Vaccination in Bombay 1863-1868 - 1863-1868
Year: 1863
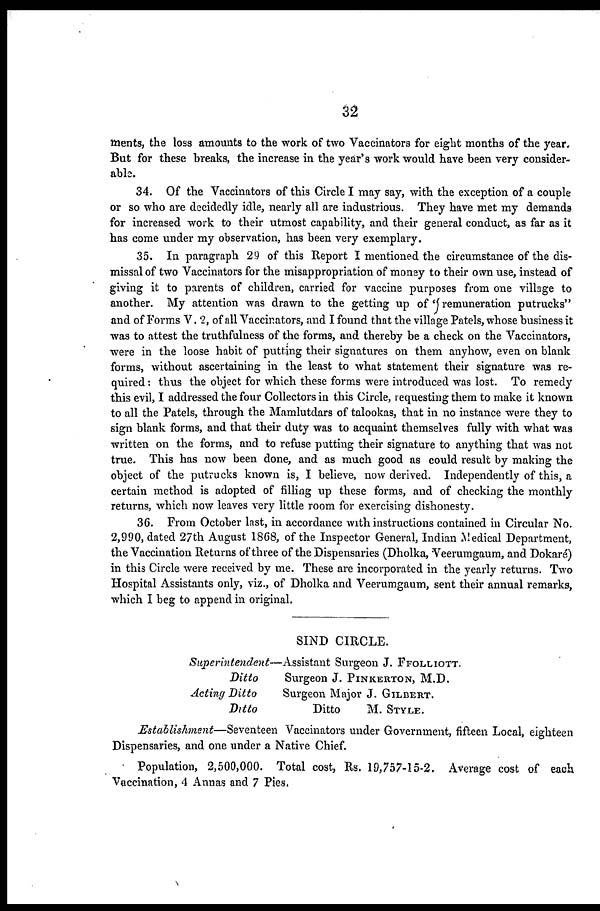
32
ments, the loss amounts to the work of two Vaccinators for eight months of the year.
But for these breaks, the increase in the year's work would have been very consider-
able.
34. Of the Vaccinators of this Circle I may say, with the exception of a couple
or so who are decidedly idle, nearly all are industrious. They have met my demands
for increased work to their utmost capability, and their general conduct, as far as it
has come under my observation, has been very exemplary.
35. In paragraph 29 of this Report I mentioned the circumstance of the dis-
missal of two Vaccinators for the misappropriation of money to their own use, instead of
giving it to parents of children, carried for vaccine purposes from one village to
another. My attention was drawn to the getting up of "remuneration putrucks"
and of Forms V. 2, of all Vaccinators, and I found that the village Patels, whose business it
was to attest the truthfulness of the forms, and thereby be a check on the Vaccinators,
were in the loose habit of putting their signatures on them anyhow, even on blank
forms, without ascertaining in the least to what statement their signature was re-
quired : thus the object for which these forms were introduced was lost. To remedy
this evil, I addressed the four Collectors in this Circle, requesting them to make it known
to all the Patels, through the Mamlutdars of talookas, that in no instance were they to
sign blank forms, and that their duty was to acquaint themselves fully with what was
written on the forms, and to refuse putting their signature to anything that was not
true. This has now been done, and as much good as could result by making the
object of the putrucks known is, I believe, now derived. Independently of this, a
certain method is adopted of filling up these forms, and of checking the monthly
returns, which now leaves very little room for exercising dishonesty.
36. From October last, in accordance with instructions contained in Circular No.
2,990, dated 27th August 1868, of the Inspector General, Indian Medical Department,
the Vaccination Returns of three of the Dispensaries (Dholka, Veerumgaum, and Dokaré)
in this Circle were received by me. These are incorporated in the yearly returns. Two
Hospital Assistants only, viz., of Dholka and Veerumgaum, sent their annual remarks,
which I beg to append in original.
SIND CIRCLE.
Superintendent—Assistant
Surgeon J. FFOLLIOTT.
Ditto
Surgeon J. PINKERTON, M.D.
Acting Ditto
Surgeon Major J. GILBERT.
Ditto
Ditto
M. STYLE.
Establishment—Seventeen
Vaccinators under Government, fifteen Local, eighteen
Dispensaries, and one under a Native Chief.
Population, 2,500,000. Total cost, Rs. 19,757-15-2. Average cost of each
Vaccination, 4 Annas and 7 Pies.